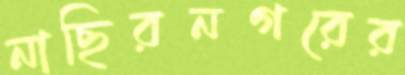
নাছিরনগরের